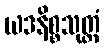
ယဒနိစ္စသုတ္တံ